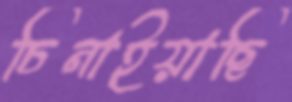
চিনাইয়াছি